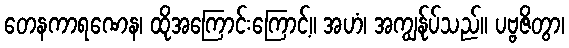
တေနကာရဏေန၊ ထိုအကြောင်းကြောင့်။ အဟံ၊ အကျွန်ုပ်သည်။ ပဗ္ဗဇိတွာ၊